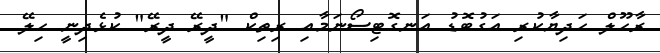
ރާހޫލް ހަދިޔާކުރި އަގުބޮޑު އަނގޮޓިސޯނަމާއި ރިތިކް "ދީރޭ ދީރޭ" ކުޅެދިނީ ހިލޭ